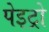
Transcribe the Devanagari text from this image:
पेइट्रो